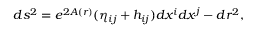
d s ^ { 2 } = e ^ { 2 A ( r ) } ( \eta _ { i j } + h _ { i j } ) d x ^ { i } d x ^ { j } - d r ^ { 2 } ,